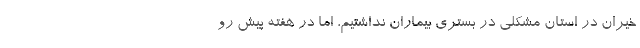
خیران در استان مشکلی در بستری بیماران نداشتیم، اما در هفته پیش رو